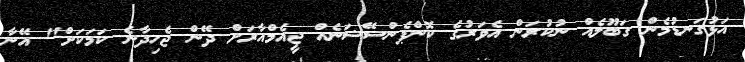
އަޅުގަނޑުމެން ގަބޫލެއް ނުކުރަން އެވަރުގެ ކޮންޕެންސޭޝަނެއް ޖީއެމްއާރަށް ދޭން ޖެހިދާނެ ކަމަކަށް" އޭނާ